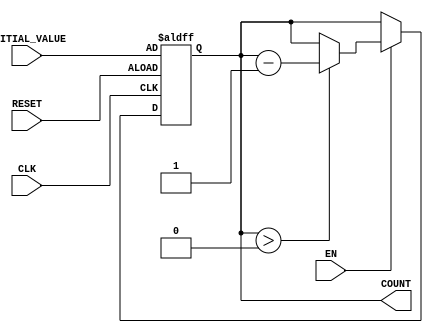
module DecrementalCounter (
    input wire CLK,       // Clock signal
    input wire RESET,     // Asynchronous reset signal
    input wire EN,        // Enable signal
    input wire [3:0] INITIAL_VALUE, // 4-bit initial value
    output reg [3:0] COUNT // 4-bit current count value
);

    // Initialize COUNT to the INITIAL_VALUE on power-up or reset
    always @(posedge CLK or posedge RESET) begin
        if (RESET) begin
            COUNT <= INITIAL_VALUE; // Reset to initial value
        end else if (EN) begin
            // Decrement the counter if EN is high and COUNT is not zero
            if (COUNT > 0) begin
                COUNT <= COUNT - 1; // Decrement the counter
            end
        end
        // If EN is low, COUNT retains its value
    end

endmodule